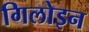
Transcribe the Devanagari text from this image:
गिलोइन